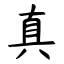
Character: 真